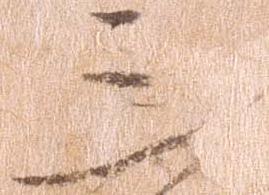
三